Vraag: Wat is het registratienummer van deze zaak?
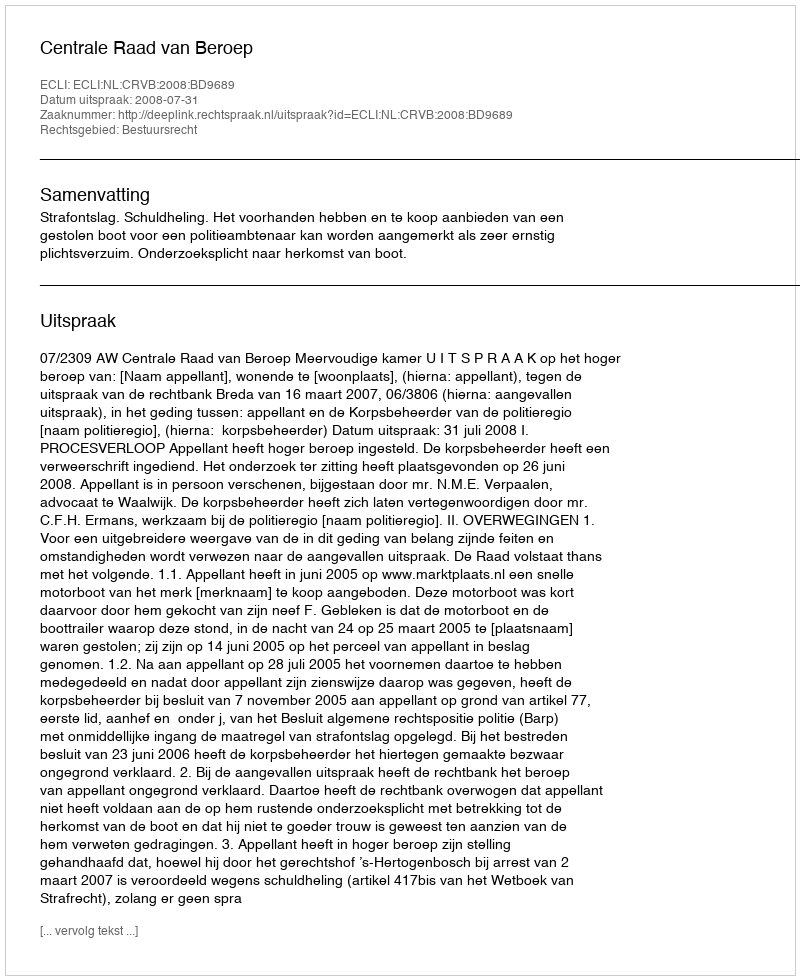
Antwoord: http://deeplink.rechtspraak.nl/uitspraak?id=ECLI:NL:CRVB:2008:BD9689